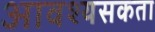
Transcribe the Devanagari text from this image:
आवश्यसकता